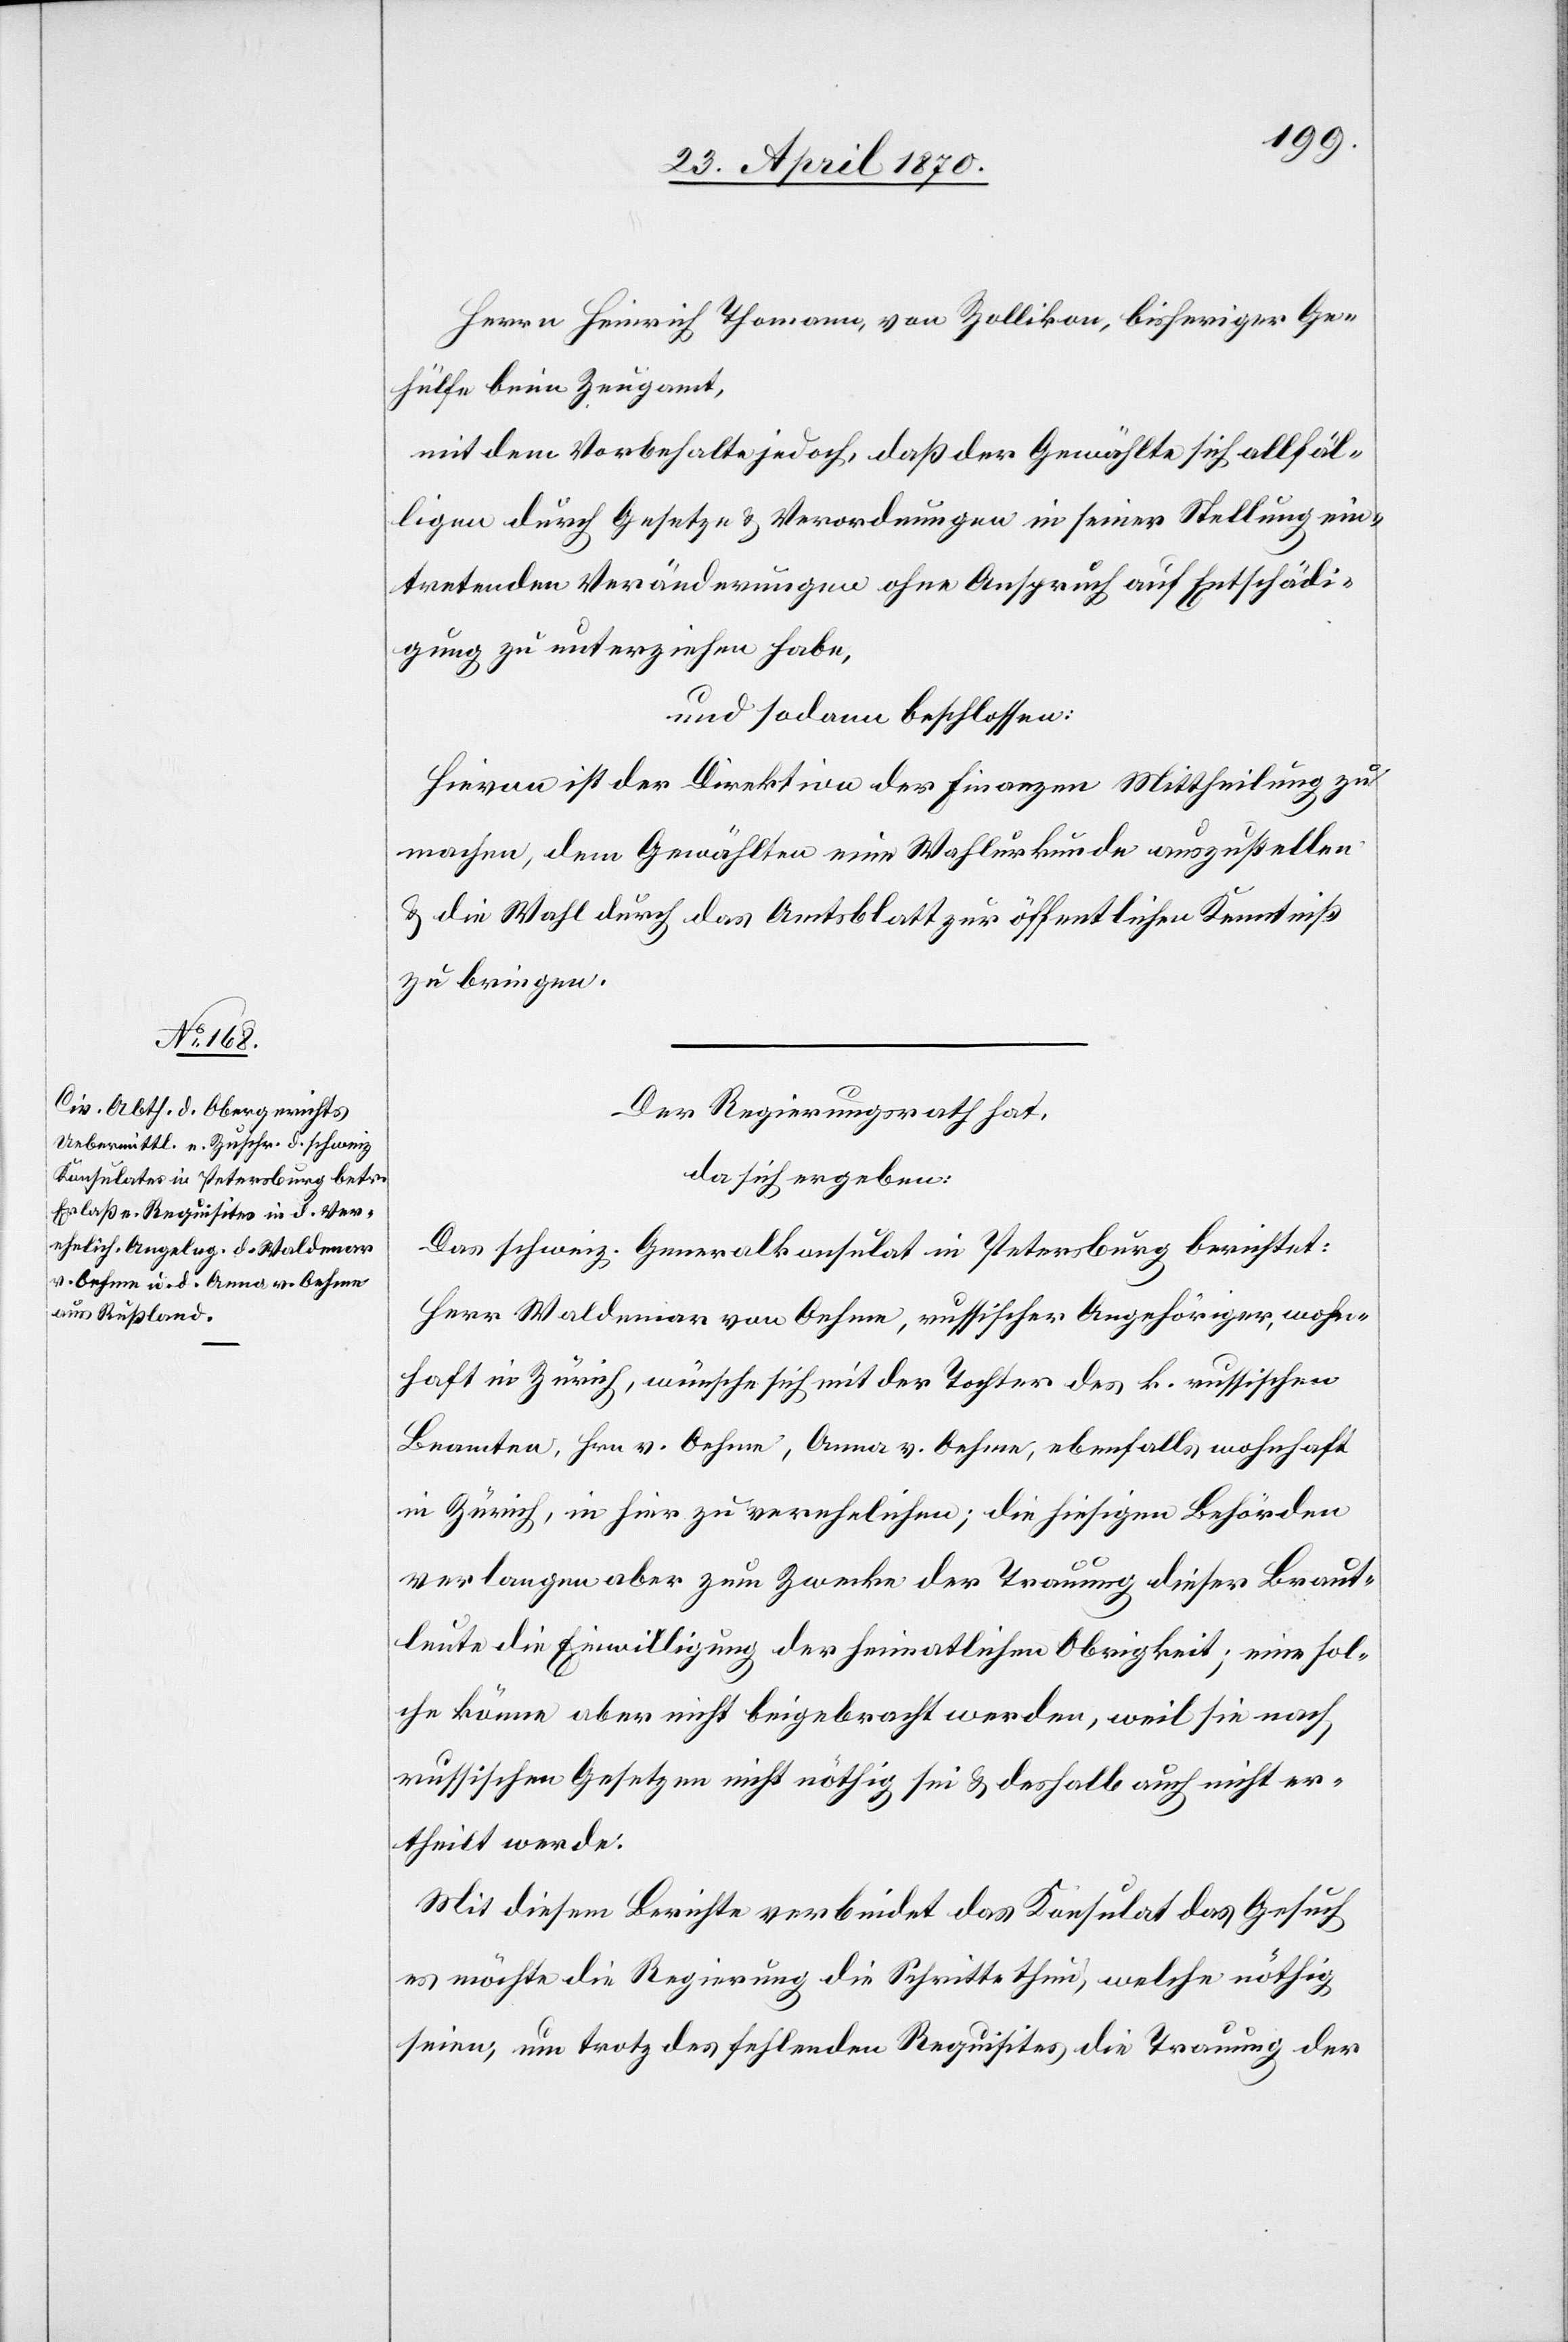
Herrn Heinrich Thomann, von Zollikon, bisheriger Ge¬
hülfe beim Zeugamt,
mit dem Vorbehalte jedoch, daß der Gewählte sich allfäl¬
ligen durch Gesetze & Verordnungen in seiner Stellung ein¬
tretenden Veränderungen ohne Anspruch auf Entschädi¬
gung zu unterziehen habe,
und sodann beschlossen:
Hievon ist der Direktion der Finanzen Mittheilung zu
machen, dem Gewählten eine Wahlurkunde auszustellen
& die Wahl durch das Amtsblatt zur öffentlichen Kenntniß
zu bringen.
Der Regierungsrath hat,
da sich ergeben:
Das schweiz. Generalkonsulat in Petersburg berichtet:
Herr Waldemar von Oehme, russischer Angehöriger, wohn¬
haft in Zürich, wünsche sich mit der Tochter des k. russischen
Beamten, Hrn. v. Oehme, Anna v. Oehme, ebenfalls wohnhaft
in Zürich, in hier zu verehelichen; die hiesigen Behörden
verlangen aber zum Zwecke der Trauung dieser Braut¬
leute die Einwilligung der heimatlichen Obrigkeit; eine sol¬
che könne aber nicht beigebracht werden, weil sie nach
russischen Gesetzen nicht nöthig sei & deshalb auch nicht er¬
theilt werde.
Mit diesem Berichte verbindet das Konsulat das Gesuch[,]
es möchte die Regierung die Schritte thun, welche nöthig
seien, um trotz des fehlenden Requisites die Trauung der